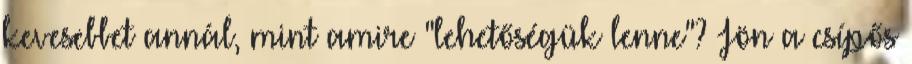
kevesebbet annál, mint amire "lehetőségük lenne"? Jön a csípős